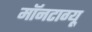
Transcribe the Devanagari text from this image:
मॉनटाग्यू